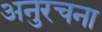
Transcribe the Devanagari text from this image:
अनुरचना